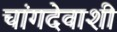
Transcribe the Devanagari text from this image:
चांगदेवाशी